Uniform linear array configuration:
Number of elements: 32
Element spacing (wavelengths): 0.5
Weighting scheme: kaiser
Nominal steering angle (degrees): -30
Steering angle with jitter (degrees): -29.077
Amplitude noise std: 0.05
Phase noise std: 0.05

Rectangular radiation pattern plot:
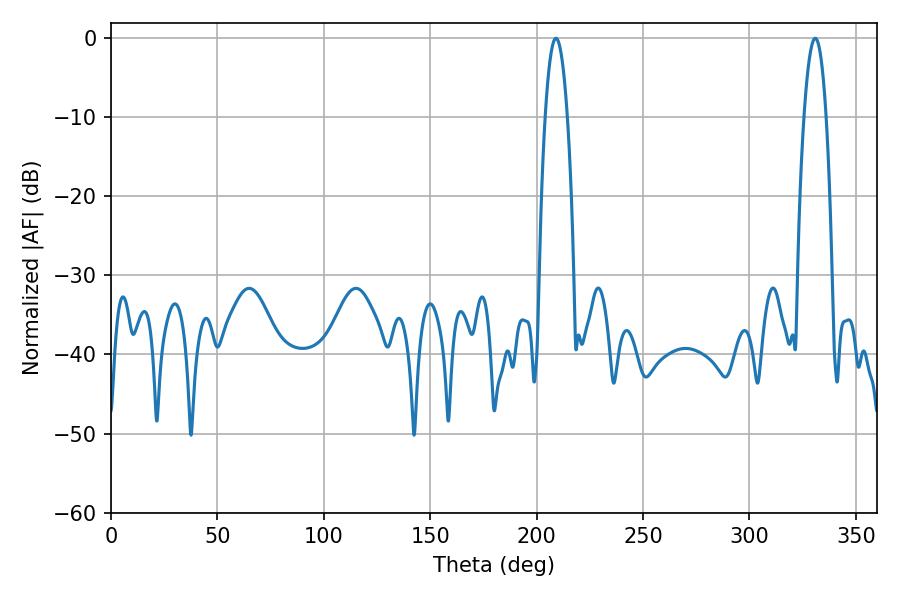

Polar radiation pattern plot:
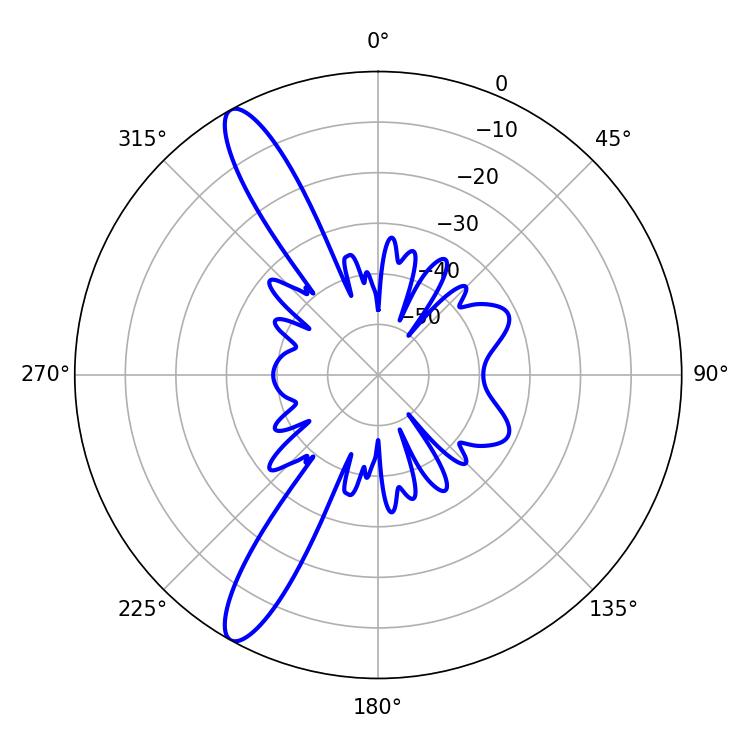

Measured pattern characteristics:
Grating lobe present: FALSE
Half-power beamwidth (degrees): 5.76
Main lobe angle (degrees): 330.84